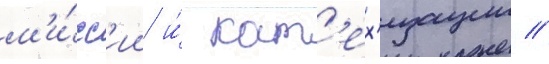
м'и́сс'ии и́ кат'ех'изации //